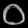
Digit: ၀